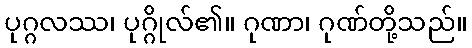
ပုဂ္ဂလဿ၊ ပုဂ္ဂိုလ်၏။ ဂုဏာ၊ ဂုဏ်တို့သည်။